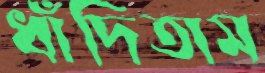
ধাঁদিতাম